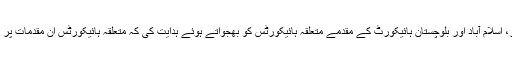
عدالت نے پشاور، اسلام آباد اور بلوچستان ہائیکورٹ کے مقدمے متعلقہ ہائیکورٹس کو بھجواتے ہوئے ہدایت کی کہ متعلقہ ہائیکورٹس ان مقدمات پر کارروائی کریں۔